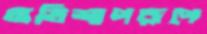
অভিশাপরূপে